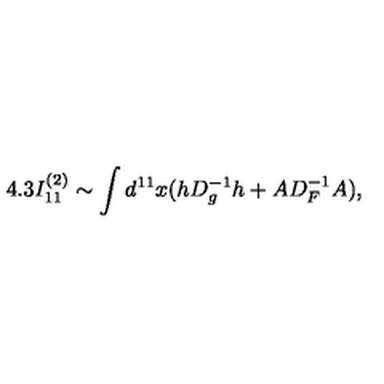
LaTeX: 4 . 3 I _ { 1 1 } ^ { ( 2 ) } \sim \int d ^ { 1 1 } x ( h D _ { g } ^ { - 1 } h + A D _ { F } ^ { - 1 } A ) ,